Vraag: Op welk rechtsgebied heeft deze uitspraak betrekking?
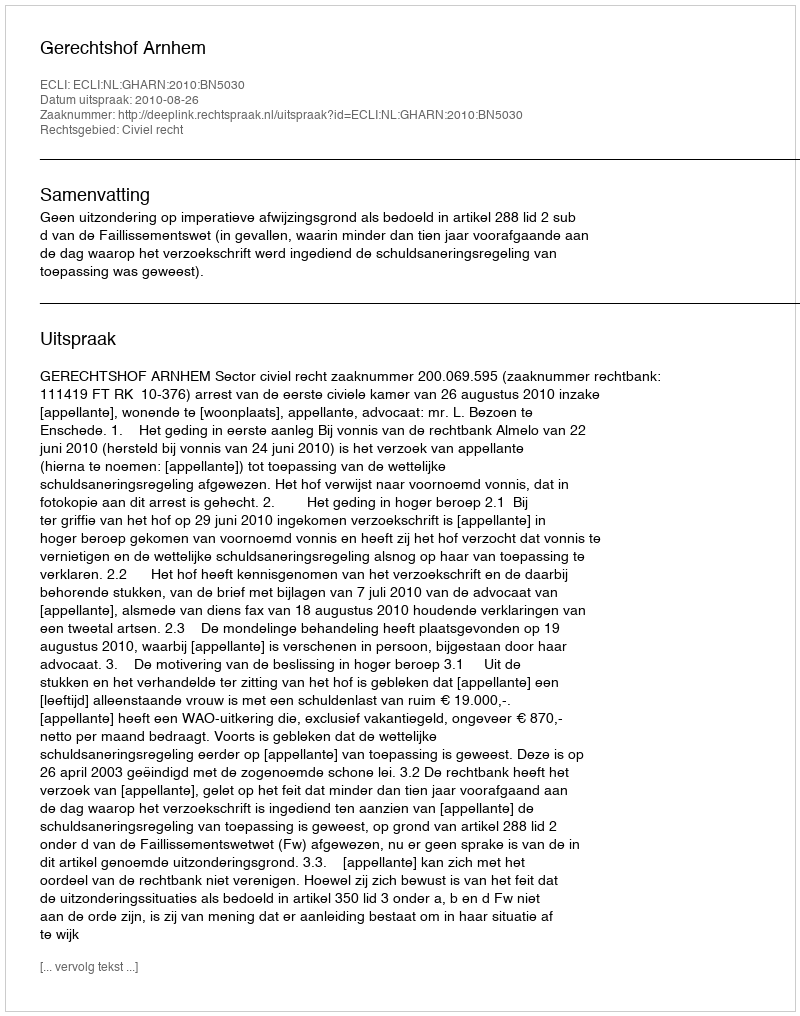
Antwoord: Civiel recht